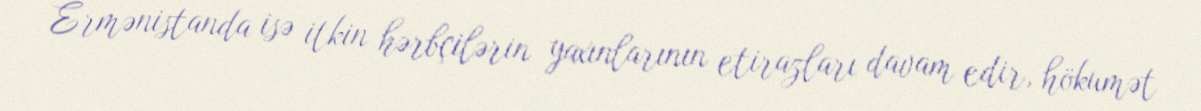
Ermənistanda isə itkin hərbçilərin yaxınlarının etirazları davam edir, hökumət